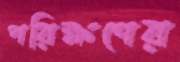
পরিক্ষণের